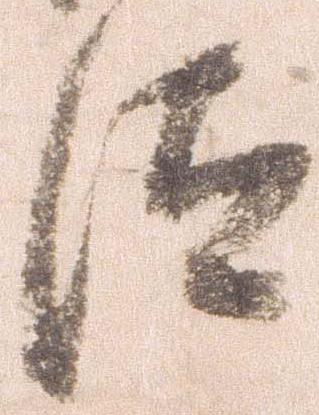
汰